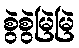
စွဲစွဲမြဲမြဲ